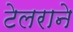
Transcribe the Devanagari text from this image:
टेलराने